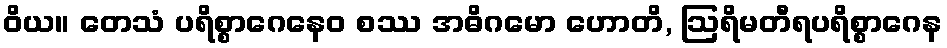
ဝိယ။ တေသံ ပရိစ္စာဂေနေဝ စဿ အဓိဂမော ဟောတိ, ဩရိမတီရပရိစ္စာဂေန